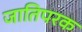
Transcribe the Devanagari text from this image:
जातिपरक